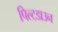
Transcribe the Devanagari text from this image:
पिल्टडाउन